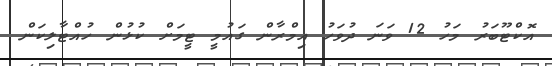
އޮކްޓޫބަރު މަހު 12 ވަނަ ދުވަހު އިމްރާން ގައުމީ ޓީމަށް ކުޅުން ހުއްޓާލިކަން